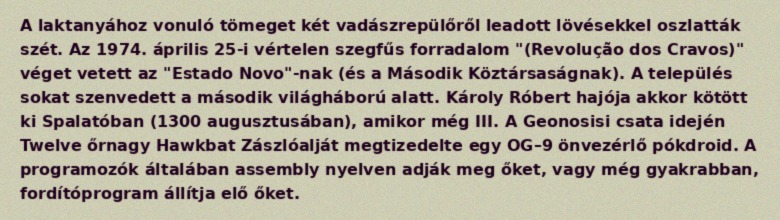
A laktanyához vonuló tömeget két vadászrepülőről leadott lövésekkel oszlatták szét. Az 1974. április 25-i vértelen szegfűs forradalom "(Revolução dos Cravos)" véget vetett az "Estado Novo"-nak (és a Második Köztársaságnak). A település sokat szenvedett a második világháború alatt. Károly Róbert hajója akkor kötött ki Spalatóban (1300 augusztusában), amikor még III. A Geonosisi csata idején Twelve őrnagy Hawkbat Zászlóalját megtizedelte egy OG–9 önvezérlő pókdroid. A programozók általában assembly nyelven adják meg őket, vagy még gyakrabban, fordítóprogram állítja elő őket.